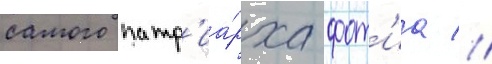
самого патр'иа́рха фот'иа //